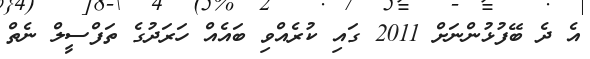
އެ ދެ ބޭފުޅުންނަށް 2011 ގައި ކުރެއްވި ބައެއް ހަރަދުގެ ތަފްސީލް ނެތް